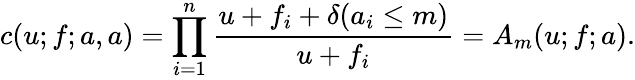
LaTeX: c(u;f;a,a)=\prod_{i=1}^{n}\frac{u+f_{i}+\delta(a_{i}\leq m)}{u+f_{i}}=A_{m}(u;f;a).